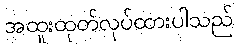
အထူးထုတ်လုပ်ထားပါသည်